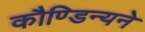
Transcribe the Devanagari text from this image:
कौण्डिन्यने